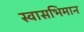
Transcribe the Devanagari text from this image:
स्वासभिमान